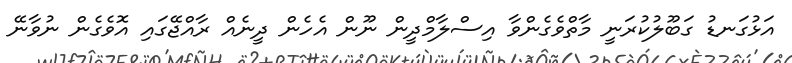
އަޅުގަނޑު ގަބޫލުކުރަނީ މާތްވެގެންވާ އިސްލާމްދީން ނޫން އެހެން ދީނެއް ރާއްޖޭގައި އޮވެގެން ނުވާނޭ